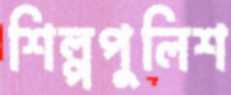
শিল্পপুলিশ